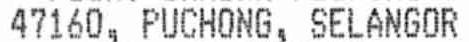
47160, PUCHONG, SELANGOR